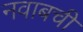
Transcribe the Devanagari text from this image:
नवाबची